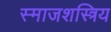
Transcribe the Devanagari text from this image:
स्माजशस्त्रिय